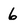
Character: 6